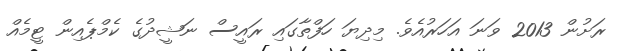
ރަށުން 2013 ވަނަ އަހަރުއެވެ. މިދިޔަ ހަފްތާގައި ރައީސް ނަޝީދުގެ ކެމްޕެއިން ޓީމެއް